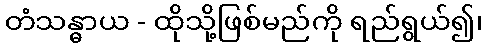
တံသန္ဓာယ - ထိုသို့ဖြစ်မည်ကို ရည်ရွယ်၍၊